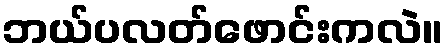
ဘယ်ပလတ်ဖောင်းကလဲ။